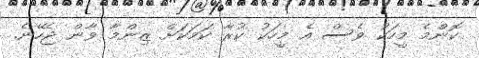
ކޮންމެ މީހަކު ވެސް އެ މީހަކު ކުރާ ކަމަކަށް ޒިންމާ ވާން ޖެހޭނެ.